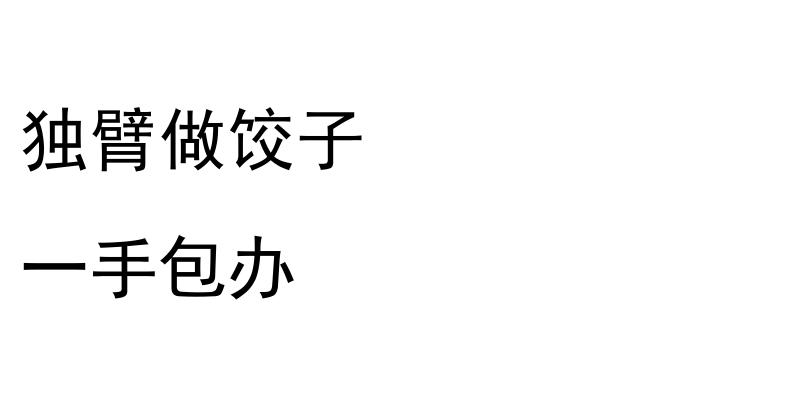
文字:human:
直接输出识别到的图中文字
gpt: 独臂做饺子 一手包办